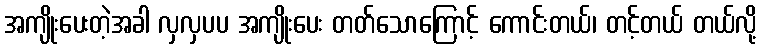
အကျိုးပေးတဲ့အခါ လှလှပပ အကျိုးပေး တတ်သောကြောင့် ကောင်းတယ်၊ တင့်တယ် တယ်လို့